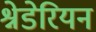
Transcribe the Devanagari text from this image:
श्नेडेरियन